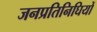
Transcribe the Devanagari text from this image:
जनप्रतिनिघियों